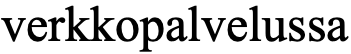
verkkopalvelussa